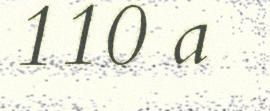
110 a